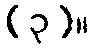
(၃)။